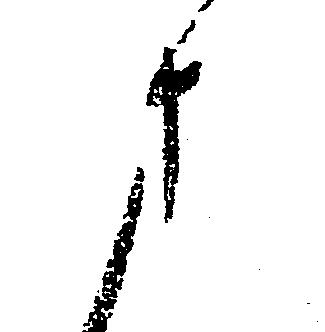
さ